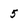
Character: 5